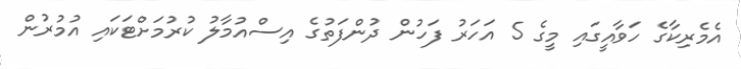
އެމެރިކާގެ ހަވާއީގައި މީގެ 5 އަހަރު ފަހުން ދުންފަތުގެ އިސްއުމާލު ކުރުމަށްޓަކައި އުމުރުން